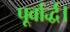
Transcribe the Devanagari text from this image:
पूर्वार्द्ध।